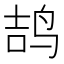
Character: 𱉥